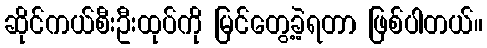
ဆိုင်ကယ်စီးဦးထုပ်ကို မြင်တွေ့ခဲ့ရတာ ဖြစ်ပါတယ်။